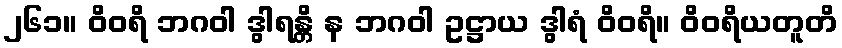
၂၆၁။ ဝိဝရိ ဘဂဝါ ဒွါရန္တိ န ဘဂဝါ ဥဋ္ဌာယ ဒွါရံ ဝိဝရိ။ ဝိဝရိယတူတိ